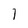
Character: 1